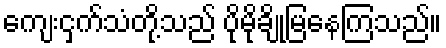
ကျေးငှက်သံတို့သည် ပိုမိုချိုမြနေကြသည်။